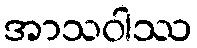
အာသဝါဿ